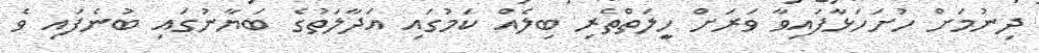
ދިނުމަށް ހުށަހަޅާފައިވާ ވަރަށް ހިީލަތްތެރި ބިލެއް ކަމުގައި އަދާލަތުގެ ބަޔާނުގައި ބުނެފައި ވެ